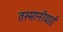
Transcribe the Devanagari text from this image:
तस्मानीयाई